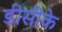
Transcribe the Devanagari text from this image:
डीसीके